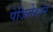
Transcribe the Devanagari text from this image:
पेजिनेशन